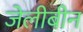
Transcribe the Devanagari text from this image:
जेलीबीन